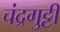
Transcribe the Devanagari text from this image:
चंद्रगुट्टी